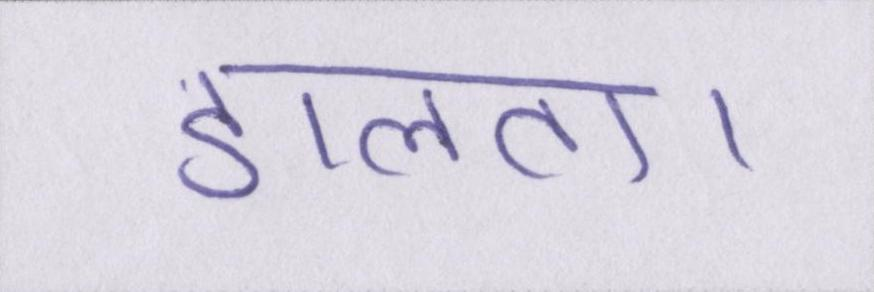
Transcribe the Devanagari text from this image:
डालता।